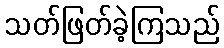
သတ်ဖြတ်ခဲ့ကြသည်